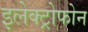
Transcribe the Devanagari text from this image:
इलेक्ट्रोफोन